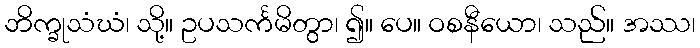
ဘိက္ခုသံဃံ၊ သို့။ ဥပသင်္ကမိတွာ၊ ၍။ ပေ။ ဝစနီယော၊ သည်။ အဿ၊